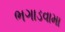
ભગાડવામા